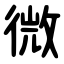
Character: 微